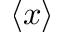
\langle x \rangle